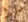
عانوا